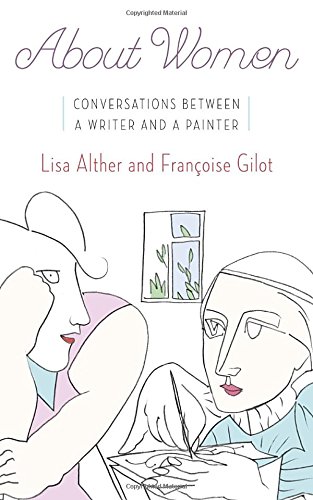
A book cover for About Women: Conversations Between a Writer and a Painter; Lisa Alther; Politics & Social Sciences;